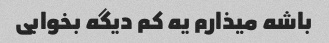
باشه میذارم یه کم دیگه بخوابی